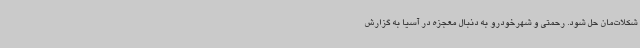
شکلات‌مان حل شود. رحمتی و شهرخودرو به دنبال معجزه در آسیا به گزارش